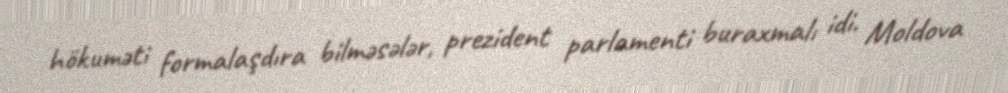
hökuməti formalaşdıra bilməsələr, prezident parlamenti buraxmalı idi. Moldova